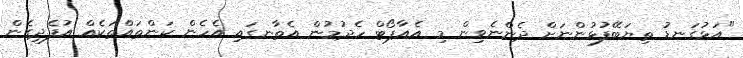
"އަޅުގަނޑު ތިޔަބޭފުޅުންނަށް ދެންނެވިން މި އެއާޕޯޓް ހެދުމުން އެތާނގައި އެހެން ކަންތައްތަކެއް އުފެދިގެން